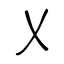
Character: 乂